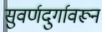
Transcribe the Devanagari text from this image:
सुवर्णदुर्गावरून